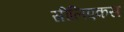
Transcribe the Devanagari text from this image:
सीलिएकस